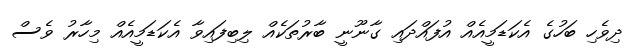
ދިވެހި ބަހުގެ އެކަޑަމީއެއް އުފައްދައި ގާނޫނީ ބާރުތަކެއް ލިބިފައިވާ އެކަޑަމީއެއް މިހާރު ވެސް